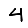
Digit: 4